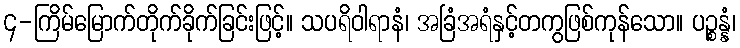
၄-ကြိမ်မြောက်တိုက်ခိုက်ခြင်းဖြင့်။ သပရိဝါရာနံ၊ အခြံအရံနှင့်တကွဖြစ်ကုန်သော။ ပဉ္စန္နံ၊